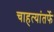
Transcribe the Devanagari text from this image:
चाहत्यांतर्फे